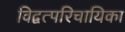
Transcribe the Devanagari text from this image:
विद्वत्परिचायिका